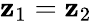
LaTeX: \mathbf{z}_{1}=\mathbf{z}_{2}